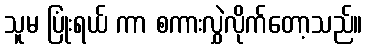
သူမ ပြုံးရယ် ကာ စကားလွှဲလိုက်တော့သည်။